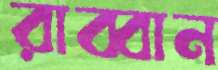
রাব্বান